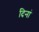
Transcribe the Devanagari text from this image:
दिनां